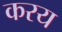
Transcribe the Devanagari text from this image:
करय